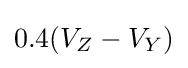
0.4(V_{Z}-V_{Y})